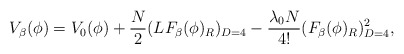
\begin{align*}V_{\beta}(\phi)=V_0(\phi)+\frac{N}{2} (LF_\beta(\phi)_R)_{D=4}-\frac{\lambda_0 N}{4!}(F_{\beta}(\phi)_R)_{D=4}^2 , \end{align*}